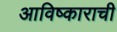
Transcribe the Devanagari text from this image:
आविष्काराची